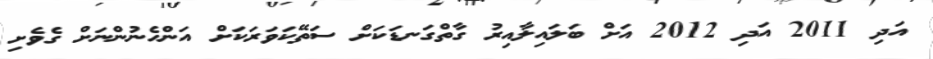
އަދި 2011 އަދި 2012 އަށް ބަލައިލާއިރު ގާތްގަނޑަކަށް ސަތޭކަވަރަކަށް އަންހެނުންނަށް ގެވެށި